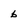
Character: b